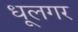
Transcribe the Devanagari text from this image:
धूलगर